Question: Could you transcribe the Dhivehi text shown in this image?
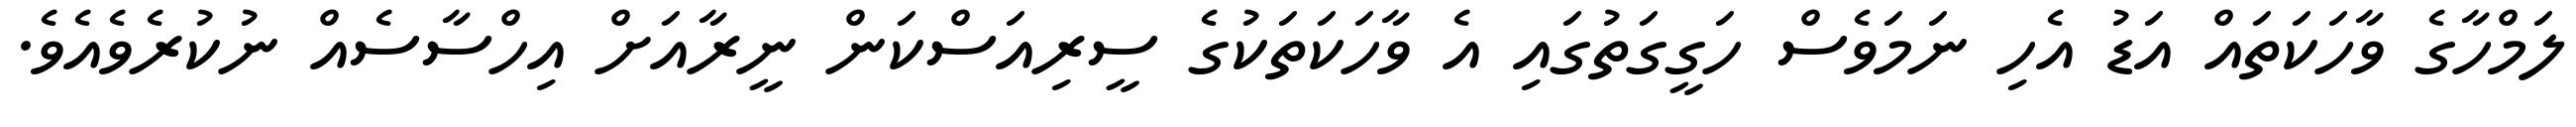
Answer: ލަމްހާގެ ވާހަކަތައް އަޑު އެހި ނަމަވެސް ހަގީގަތުގައި އެ ވާހަކަތަކުގެ ސީރިއަސްކަން ނީރާއަށް އިހްސާސެއް ނުކުރެވެއެވެ.